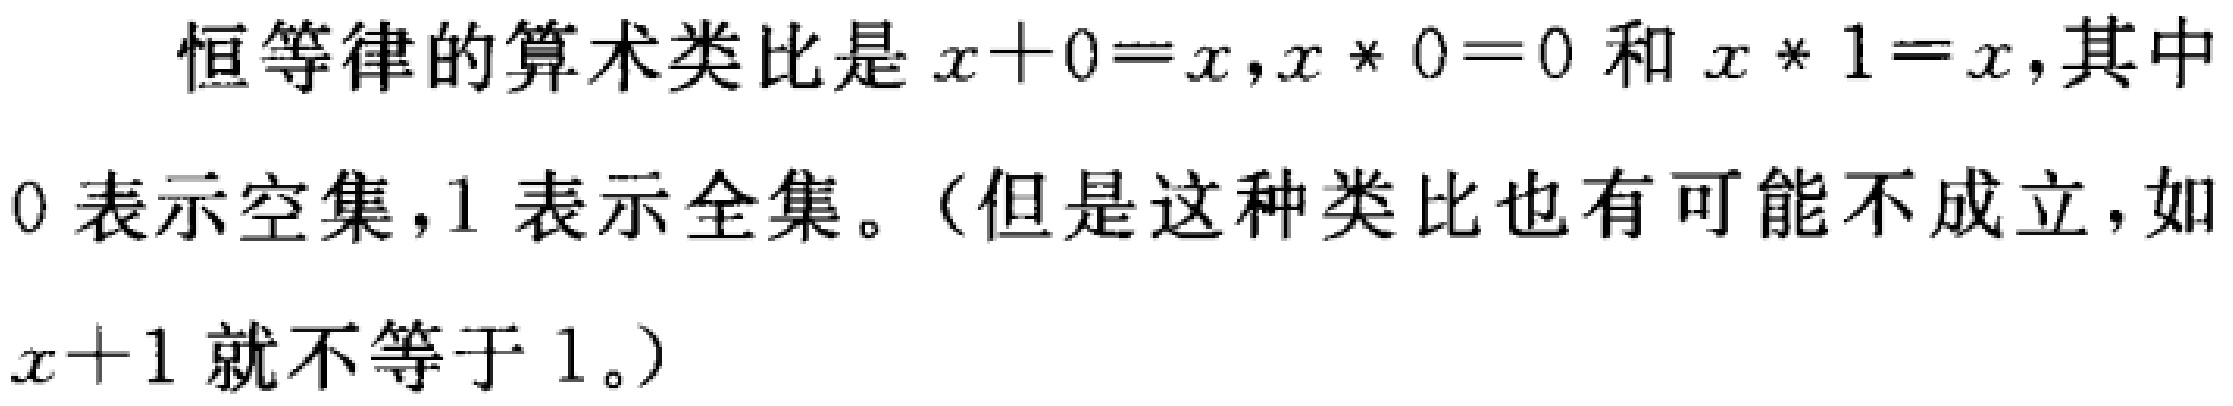
恒等律的算术类比是\(x + 0 = x,x * 0 = 0\)和\(x * 1 = x\),其中\(0\)表示空集，\(1\)表示全集。（但是这种类比也有可能不成立，如\(x + 1\)就不等于\(1\)。）